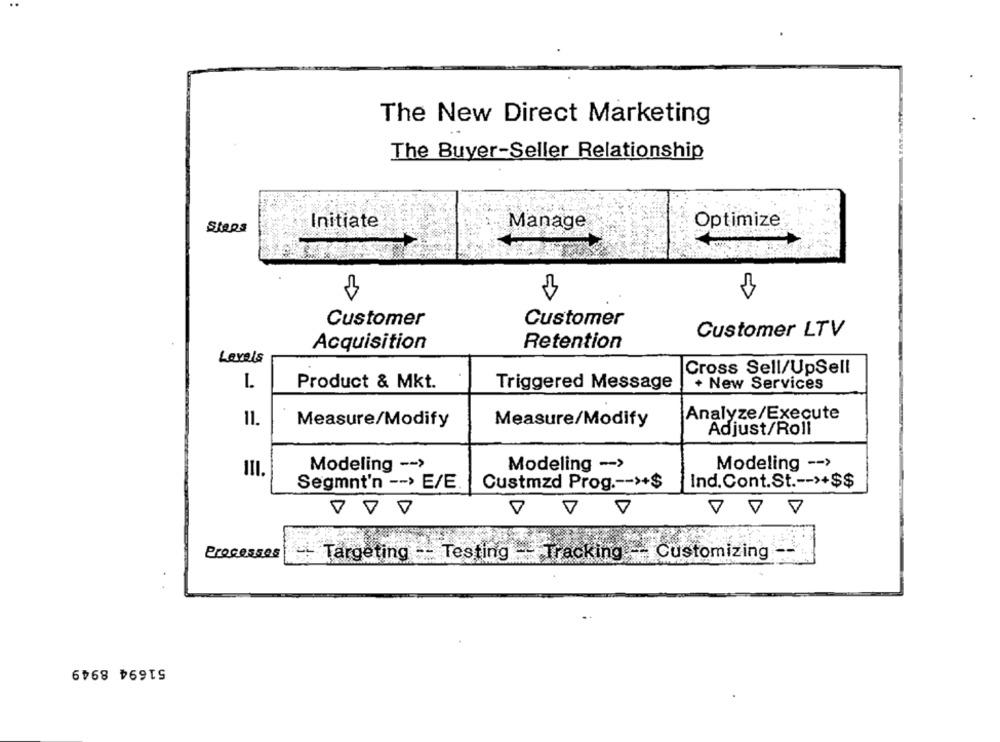
The New Direct Marketing
The Buyer-Seller Relationship
Steps
Initiate
Manage
Optimize
Customer
Customer
Customer LTV
Acquisition
Retention
Levels
Cross Sell/UpSell
L.
Product & Mkt.
Triggered Message
+ New Services
Analyze/Execute
11.
Measure/Modify
Measure/Modify
Adjust/Roll
Modeling -- >
Modeling -- >
Modeling -- >
III.
Segmnt'n -- > E/E.
Custmzd Prog .-- >+$
Ind.Cont.St .-- >+$$
Processes
- Targeting -- Testing - Tracking -- Customizing
51694 8949